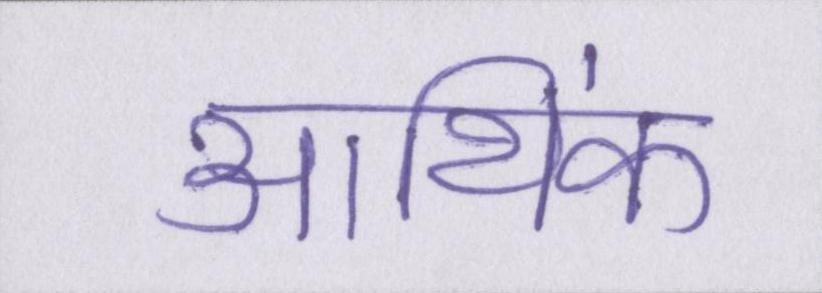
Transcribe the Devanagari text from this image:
आथि॑क